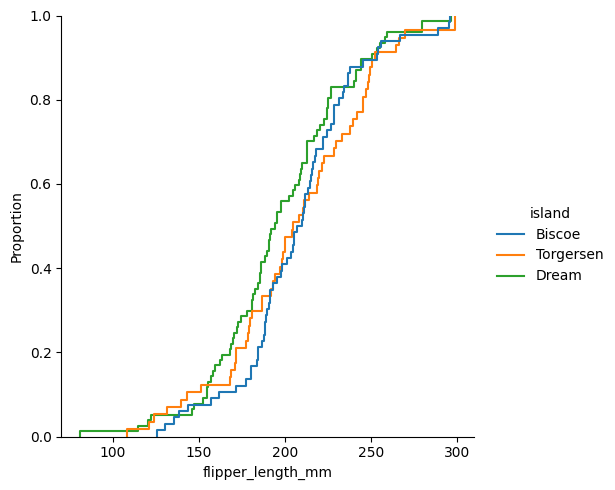
python, seaborn, displot, kind='ecdf', column='flipper_length_mm', hue='island', height=5, aspect=1.0